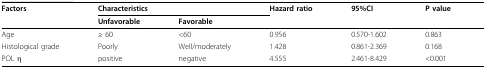
<table><thead><tr><td><b>Factors</b></td><td colspan="2"><b>Characteristics</b></td><td><b>Hazard ratio</b></td><td><b>95%CI</b></td><td><b>P value</b></td></tr><tr><td></td><td><b>Unfavorable</b></td><td><b>Favorable</b></td><td></td><td></td><td></td></tr></thead><tbody><tr><td>Age</td><td>≥ 60</td><td>&lt; 60</td><td>0.956</td><td>0.570-1.602</td><td>0.863</td></tr><tr><td>Histological grade</td><td>Poorly</td><td>Well/moderately</td><td>1.428</td><td>0.861-2.369</td><td>0.168</td></tr><tr><td>POL η</td><td>positive</td><td>negative</td><td>4.555</td><td>2.461-8.429</td><td>&lt; 0.001</td></tr></tbody></table>